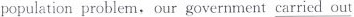
population problem. Our government carried out